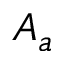
A _ { a }